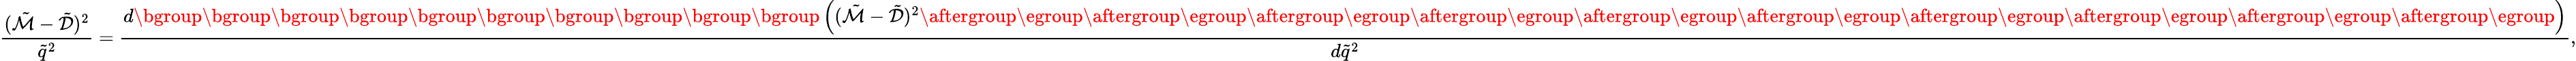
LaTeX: \frac{(\tilde{\mathcal{M}}-\tilde{\mathcal{D}})^{2}}{\tilde{q}^{2}}=\frac{d\mathopen{}\mathclose\bgroup\mathopen{}\mathclose\bgroup\mathopen{}\mathclose\bgroup\mathopen{}\mathclose\bgroup\mathopen{}\mathclose\bgroup\mathopen{}\mathclose\bgroup\mathopen{}\mathclose\bgroup\mathopen{}\mathclose\bgroup\mathopen{}\mathclose\bgroup\mathopen{}\mathclose\bgroup\left((\tilde{\mathcal{M}}-\tilde{\mathcal{D}})^{2}\aftergroup\egroup\aftergroup\egroup\aftergroup\egroup\aftergroup\egroup\aftergroup\egroup\aftergroup\egroup\aftergroup\egroup\aftergroup\egroup\aftergroup\egroup\aftergroup\egroup\right)}{d\tilde{q}^{2}},